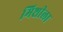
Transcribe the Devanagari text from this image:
मिशीला